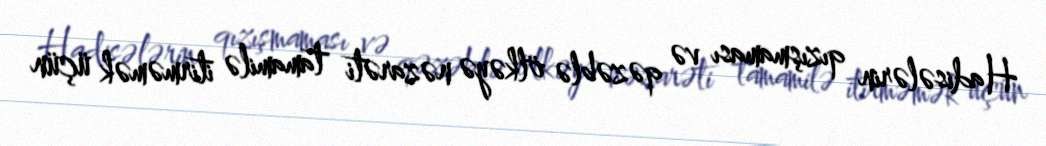
Hadisələrin qızışmaması və qəzəblə ölkəyə nəzarəti tamamilə itirməmək üçün